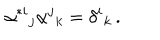
\alpha ^ { * i } { } _ { j } \alpha ^ { j } { } _ { k } = \delta ^ { i } { } _ { k } \, .